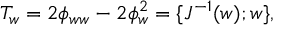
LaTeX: T _ { w } = 2 \phi _ { w w } - 2 \phi _ { w } ^ { 2 } = \{ J ^ { - 1 } ( w ) ; w \} ,